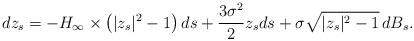
LaTeX: \begin{align*}d z_s= -H_{\infty} \times \left( |z_s|^2-1 \right)ds + \frac{3 \sigma^2}{2} z_s ds+ \sigma \sqrt{|z_s|^2-1} \,dB_s.\end{align*}